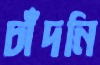
চাঁদনি